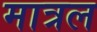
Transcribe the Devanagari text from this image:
मात्रल